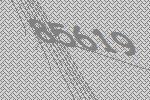
85619